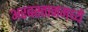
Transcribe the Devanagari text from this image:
अरबस्तानमध्ये